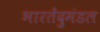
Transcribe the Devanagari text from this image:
भारतेंदुमंडल